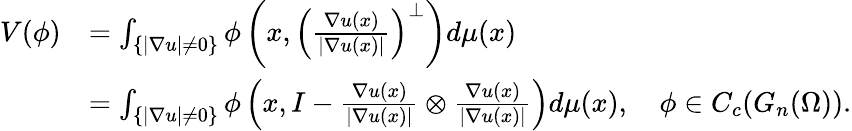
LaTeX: \begin{array}{rl}{V(\phi)}&{=\int_{\{ |\nabla u|\neq 0\} }\phi\left(x,\left(\frac{\nabla u(x)}{|\nabla u(x)|}\right)^{\perp}\right)d\mu(x)}\\ &{=\int_{\{ |\nabla u|\neq 0\} }\phi\left(x,I-\frac{\nabla u(x)}{|\nabla u(x)|}\otimes\frac{\nabla u(x)}{|\nabla u(x)|}\right)d\mu(x),\quad\phi\in C_{c}(G_{n}(\Omega)).}\end{array}